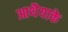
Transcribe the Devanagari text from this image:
आथैयाके